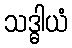
သဒ္ဓါယံ